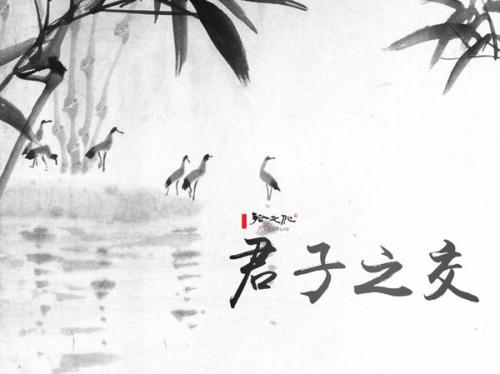
且君子之交淡若水，小人之交甘若醴。